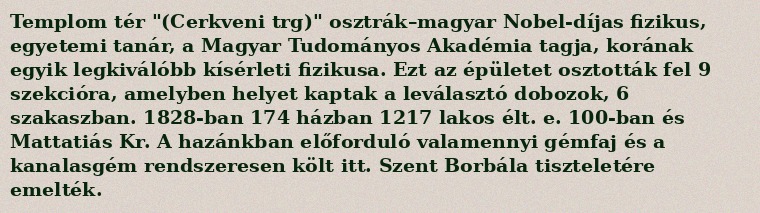
Templom tér "(Cerkveni trg)" osztrák–magyar Nobel-díjas fizikus, egyetemi tanár, a Magyar Tudományos Akadémia tagja, korának egyik legkiválóbb kísérleti fizikusa. Ezt az épületet osztották fel 9 szekcióra, amelyben helyet kaptak a leválasztó dobozok, 6 szakaszban. 1828-ban 174 házban 1217 lakos élt. e. 100-ban és Mattatiás Kr. A hazánkban előforduló valamennyi gémfaj és a kanalasgém rendszeresen költ itt. Szent Borbála tiszteletére emelték.